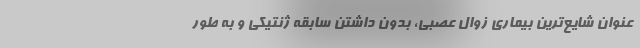
عنوان شایع‌ترین بیماری زوال عصبی، بدون داشتن سابقه ژنتیکی و به طور